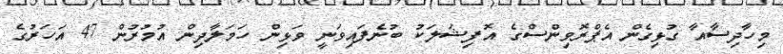
މިހާދިސާއާ ގުޅިގެން އެޕްރޮވިންސްގެ އޮފިޝަލަކު ބުނެފައިވަނީ ވަޅިން ހަމަލާދިން އުމުރުން 47 އަހަރުގެ